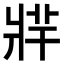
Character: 𤖁